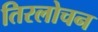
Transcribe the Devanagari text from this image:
तिरलोचन